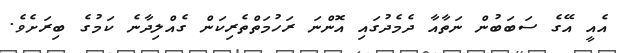
އެއީ އޭގެ ސަބަބުން ނަތާއާ ދެމެދުގައި އޮންނަ ރަހުމަތްތެރިކަން ގެއްލިދާނެ ކަމުގެ ބިރަށެވެ.